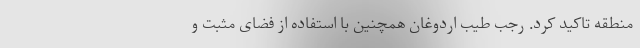
منطقه تاکید کرد. رجب طیب اردوغان همچنین با استفاده از فضای مثبت و